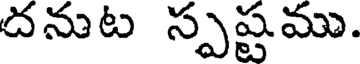
దనుట స్పష్టము.